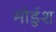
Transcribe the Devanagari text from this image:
मोर्डुश